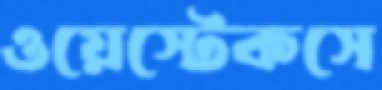
ওয়েস্টেকসে